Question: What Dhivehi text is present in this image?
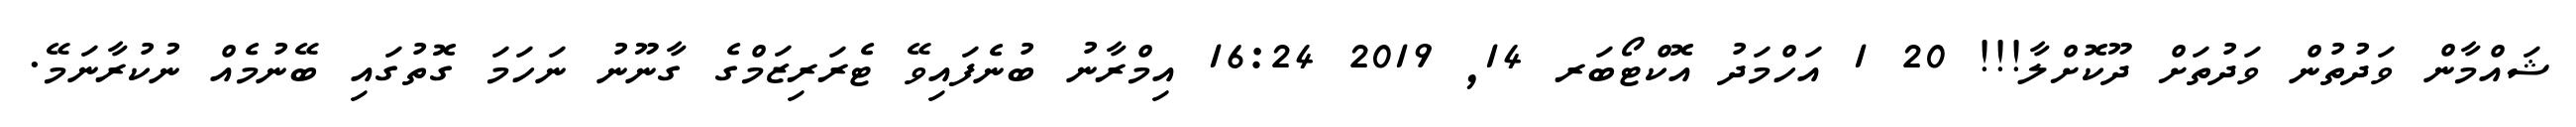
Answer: ޝައްމާން ވަދުތުން ވަދުތަށް ދޫކޮށްލާ!!! 20 1 އަހްމަދު އޮކްޓޯބަރ 14, 2019 16:24 އިމްރާނު ބުނެފައިވޭ ޓެރަރިޒަމްގެ ގާނޫނު ނަހަމަ ގޮތުގައި ބޭނުމެއް ނުކުރާނަމޭ.